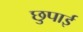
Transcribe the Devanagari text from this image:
छुपाई